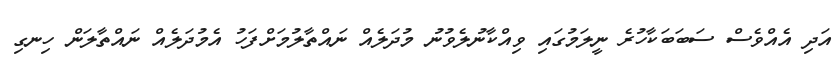
އަދި އެއްވެސް ސަބަބަކާހުރެ ނީލަމުގައި ވިއްކާނުލެވުނު މުދަލެއް ނައްތާލުމަށްފަހު އެމުދަލެއް ނައްތާލަން ހިނގި